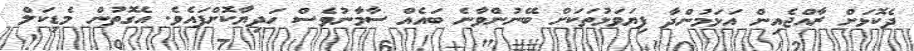
ދެކޮޅަށް ރާއްޖެއިން އަޅަމުންދާ ފިޔަވަޅުތަކަށް ބޭނުންވާނެ ބައެއް ސާމާނުވެސް ހަދިޔާކޮށްފައެވެ. އެގޮތުން މެޑިކަލް